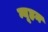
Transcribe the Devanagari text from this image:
न्यूहम